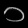
Digit: ၁